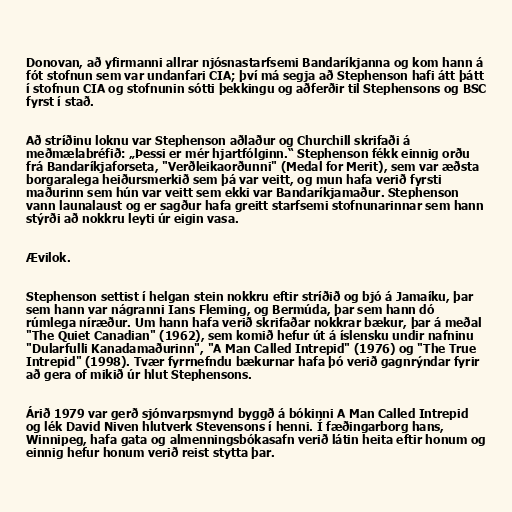
Donovan, að yfirmanni allrar njósnastarfsemi Bandaríkjanna og kom hann á
fót stofnun sem var undanfari CIA; því má segja að Stephenson hafi átt þátt
í stofnun CIA og stofnunin sótti þekkingu og aðferðir til Stephensons og BSC
fyrst í stað.

Að stríðinu loknu var Stephenson aðlaður og Churchill skrifaði á
meðmælabréfið: „Þessi er mér hjartfólginn.“ Stephenson fékk einnig orðu
frá Bandaríkjaforseta, "Verðleikaorðunni" (Medal for Merit), sem var æðsta
borgaralega heiðursmerkið sem þá var veitt, og mun hafa verið fyrsti
maðurinn sem hún var veitt sem ekki var Bandaríkjamaður. Stephenson
vann launalaust og er sagður hafa greitt starfsemi stofnunarinnar sem hann
stýrði að nokkru leyti úr eigin vasa.

Ævilok.

Stephenson settist í helgan stein nokkru eftir stríðið og bjó á Jamaíku, þar
sem hann var nágranni Ians Fleming, og Bermúda, þar sem hann dó
rúmlega níræður. Um hann hafa verið skrifaðar nokkrar bækur, þar á meðal
"The Quiet Canadian" (1962), sem komið hefur út á íslensku undir nafninu
"Dularfulli Kanadamaðurinn", "A Man Called Intrepid" (1976) og "The True
Intrepid" (1998). Tvær fyrrnefndu bækurnar hafa þó verið gagnrýndar fyrir
að gera of mikið úr hlut Stephensons.

Árið 1979 var gerð sjónvarpsmynd byggð á bókinni A Man Called Intrepid
og lék David Niven hlutverk Stevensons í henni. Í fæðingarborg hans,
Winnipeg, hafa gata og almenningsbókasafn verið látin heita eftir honum og
einnig hefur honum verið reist stytta þar.